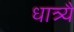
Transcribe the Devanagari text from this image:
धात्र्यै